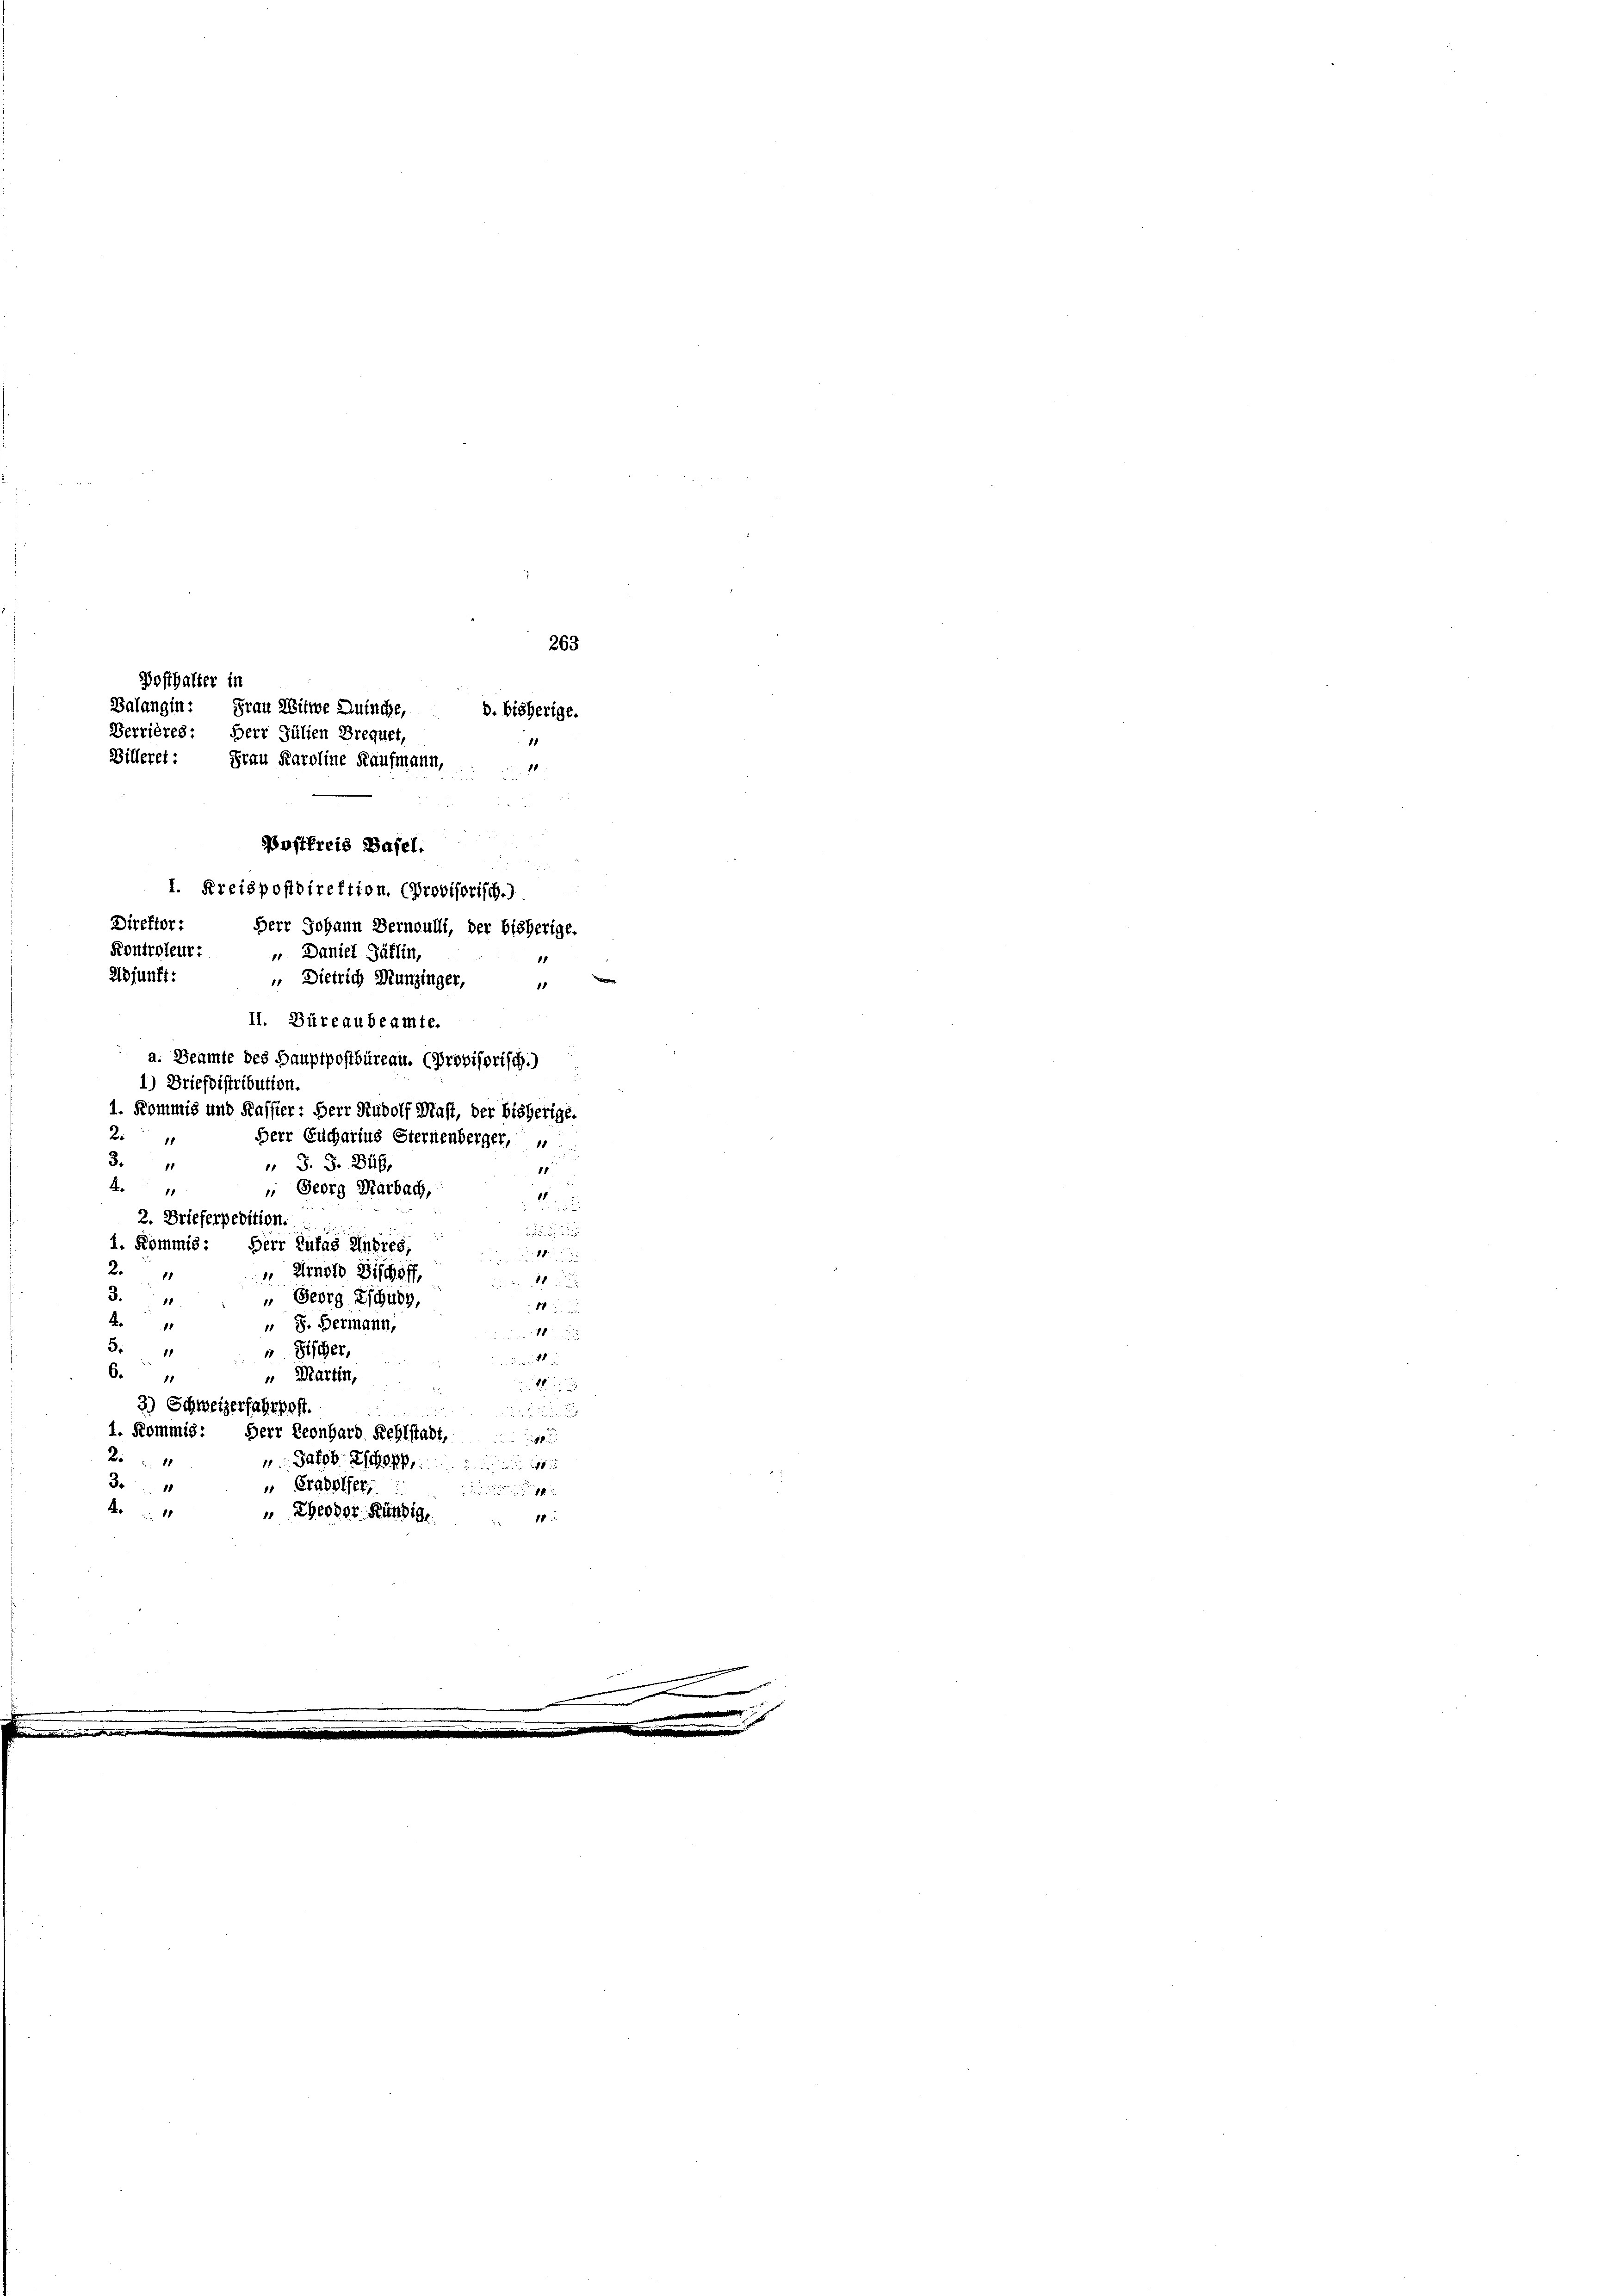
Posthalter in

Postfreis Basel:
I. Kreispostdirektion. (Provisorisch.)
Direktor: Herr Johann Bernoulli, der bisherige.
1
adjunft:
1
1. Kommis und Kassier: Herr Rudolf Mast, der bisherige.
2
Herr Eucharius Sternenberger,
3.
 S. S. Bub,
81
11
A
 Georg Marbach,
1
2. Brieferpedition.

1. Kommis: Herr Zufas Andres,
millen d
2.
" Arnold Fischoff,
.

3.
 Georg Zschung,
10. d.
A
u S. Hermann,
ie 10 un
5.
 Fischer,
1
der St.
6
 Martin,
1
3) Schweizerfahrpost.

1. Kommis: Herr Leonhard Rehlstadt,
x
2
 Jakob B
3
" Graholfer,
x
10
Eheodor Kündige
10

Kontroleur: „Daniel Gallin,
 Dietrich Munzinger,
II. Büreaubeamte.
a. Beamte des Hauptpostbüreau. (Provisorisch.)
1) Briefdistribution.

263
Balangin: Frau Witwe Ruinche,
d. bisherige.
Berrières: Herr Jülien Brequet,
11
Billeret: Frau Karoline Kaufmann,
11
2